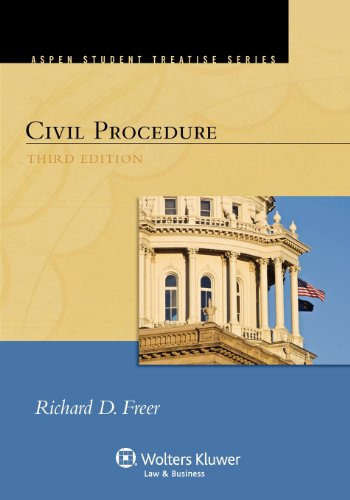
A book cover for Civil Procedure, Third Edition (Aspen Student Treatise); Richard D. Freer; Law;